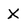
Character: X